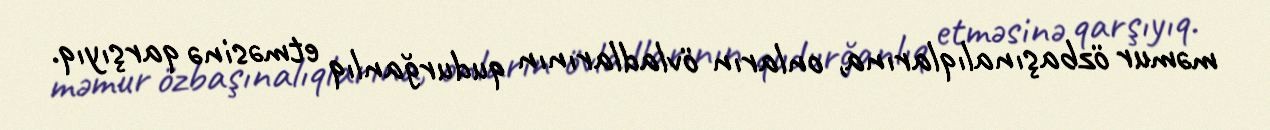
məmur özbaşınalıqlarına, onların övladlarının qudurğanlıq etməsinə qarşıyıq.